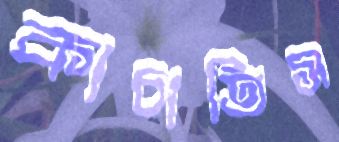
কাচাতিস